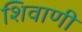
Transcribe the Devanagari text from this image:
शिवाणी